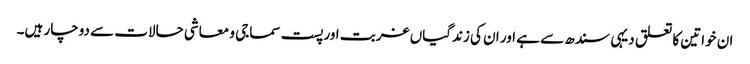
ان خواتین کا تعلق دیہی سندھ سے ہے اور ان کی زندگیاں غربت اور پست سماجی و معاشی حالات سے دوچار ہیں۔